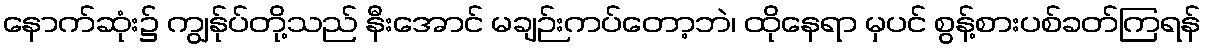
နောက်ဆုံး၌ ကျွန်ုပ်တို့သည် နီးအောင် မချဉ်းကပ်တော့ဘဲ၊ ထိုနေရာ မှပင် စွန့်စားပစ်ခတ်ကြရန်